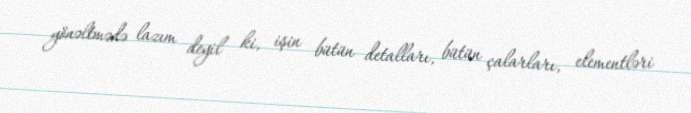
yönəltmədə lazım deyil ki, işin bütün detalları, bütün çalarları, elementləri